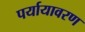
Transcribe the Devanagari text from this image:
पर्यायावरण